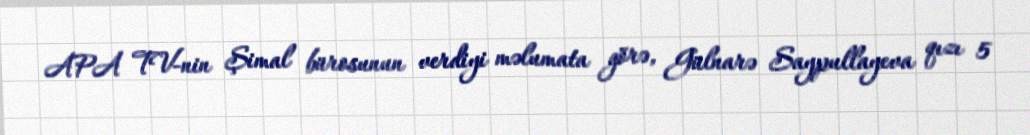
APA TV-nin Şimal bürosunun verdiyi məlumata görə, Gülnarə Saypullayeva qızı 5